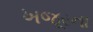
ખજૂરના